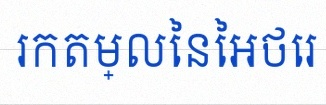
រកតម្លៃនៃអថេរ